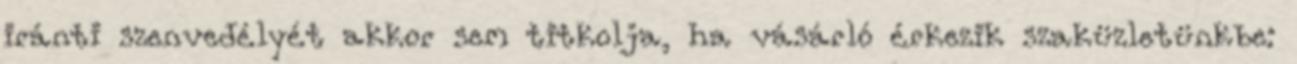
iránti szenvedélyét akkor sem titkolja, ha vásárló érkezik szaküzletünkbe: